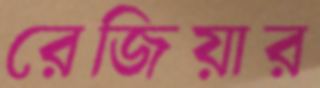
রেজিয়ার